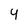
Character: 4